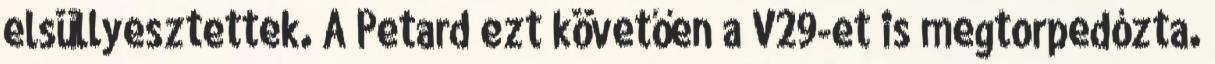
elsüllyesztettek. A Petard ezt követően a V29-et is megtorpedózta.